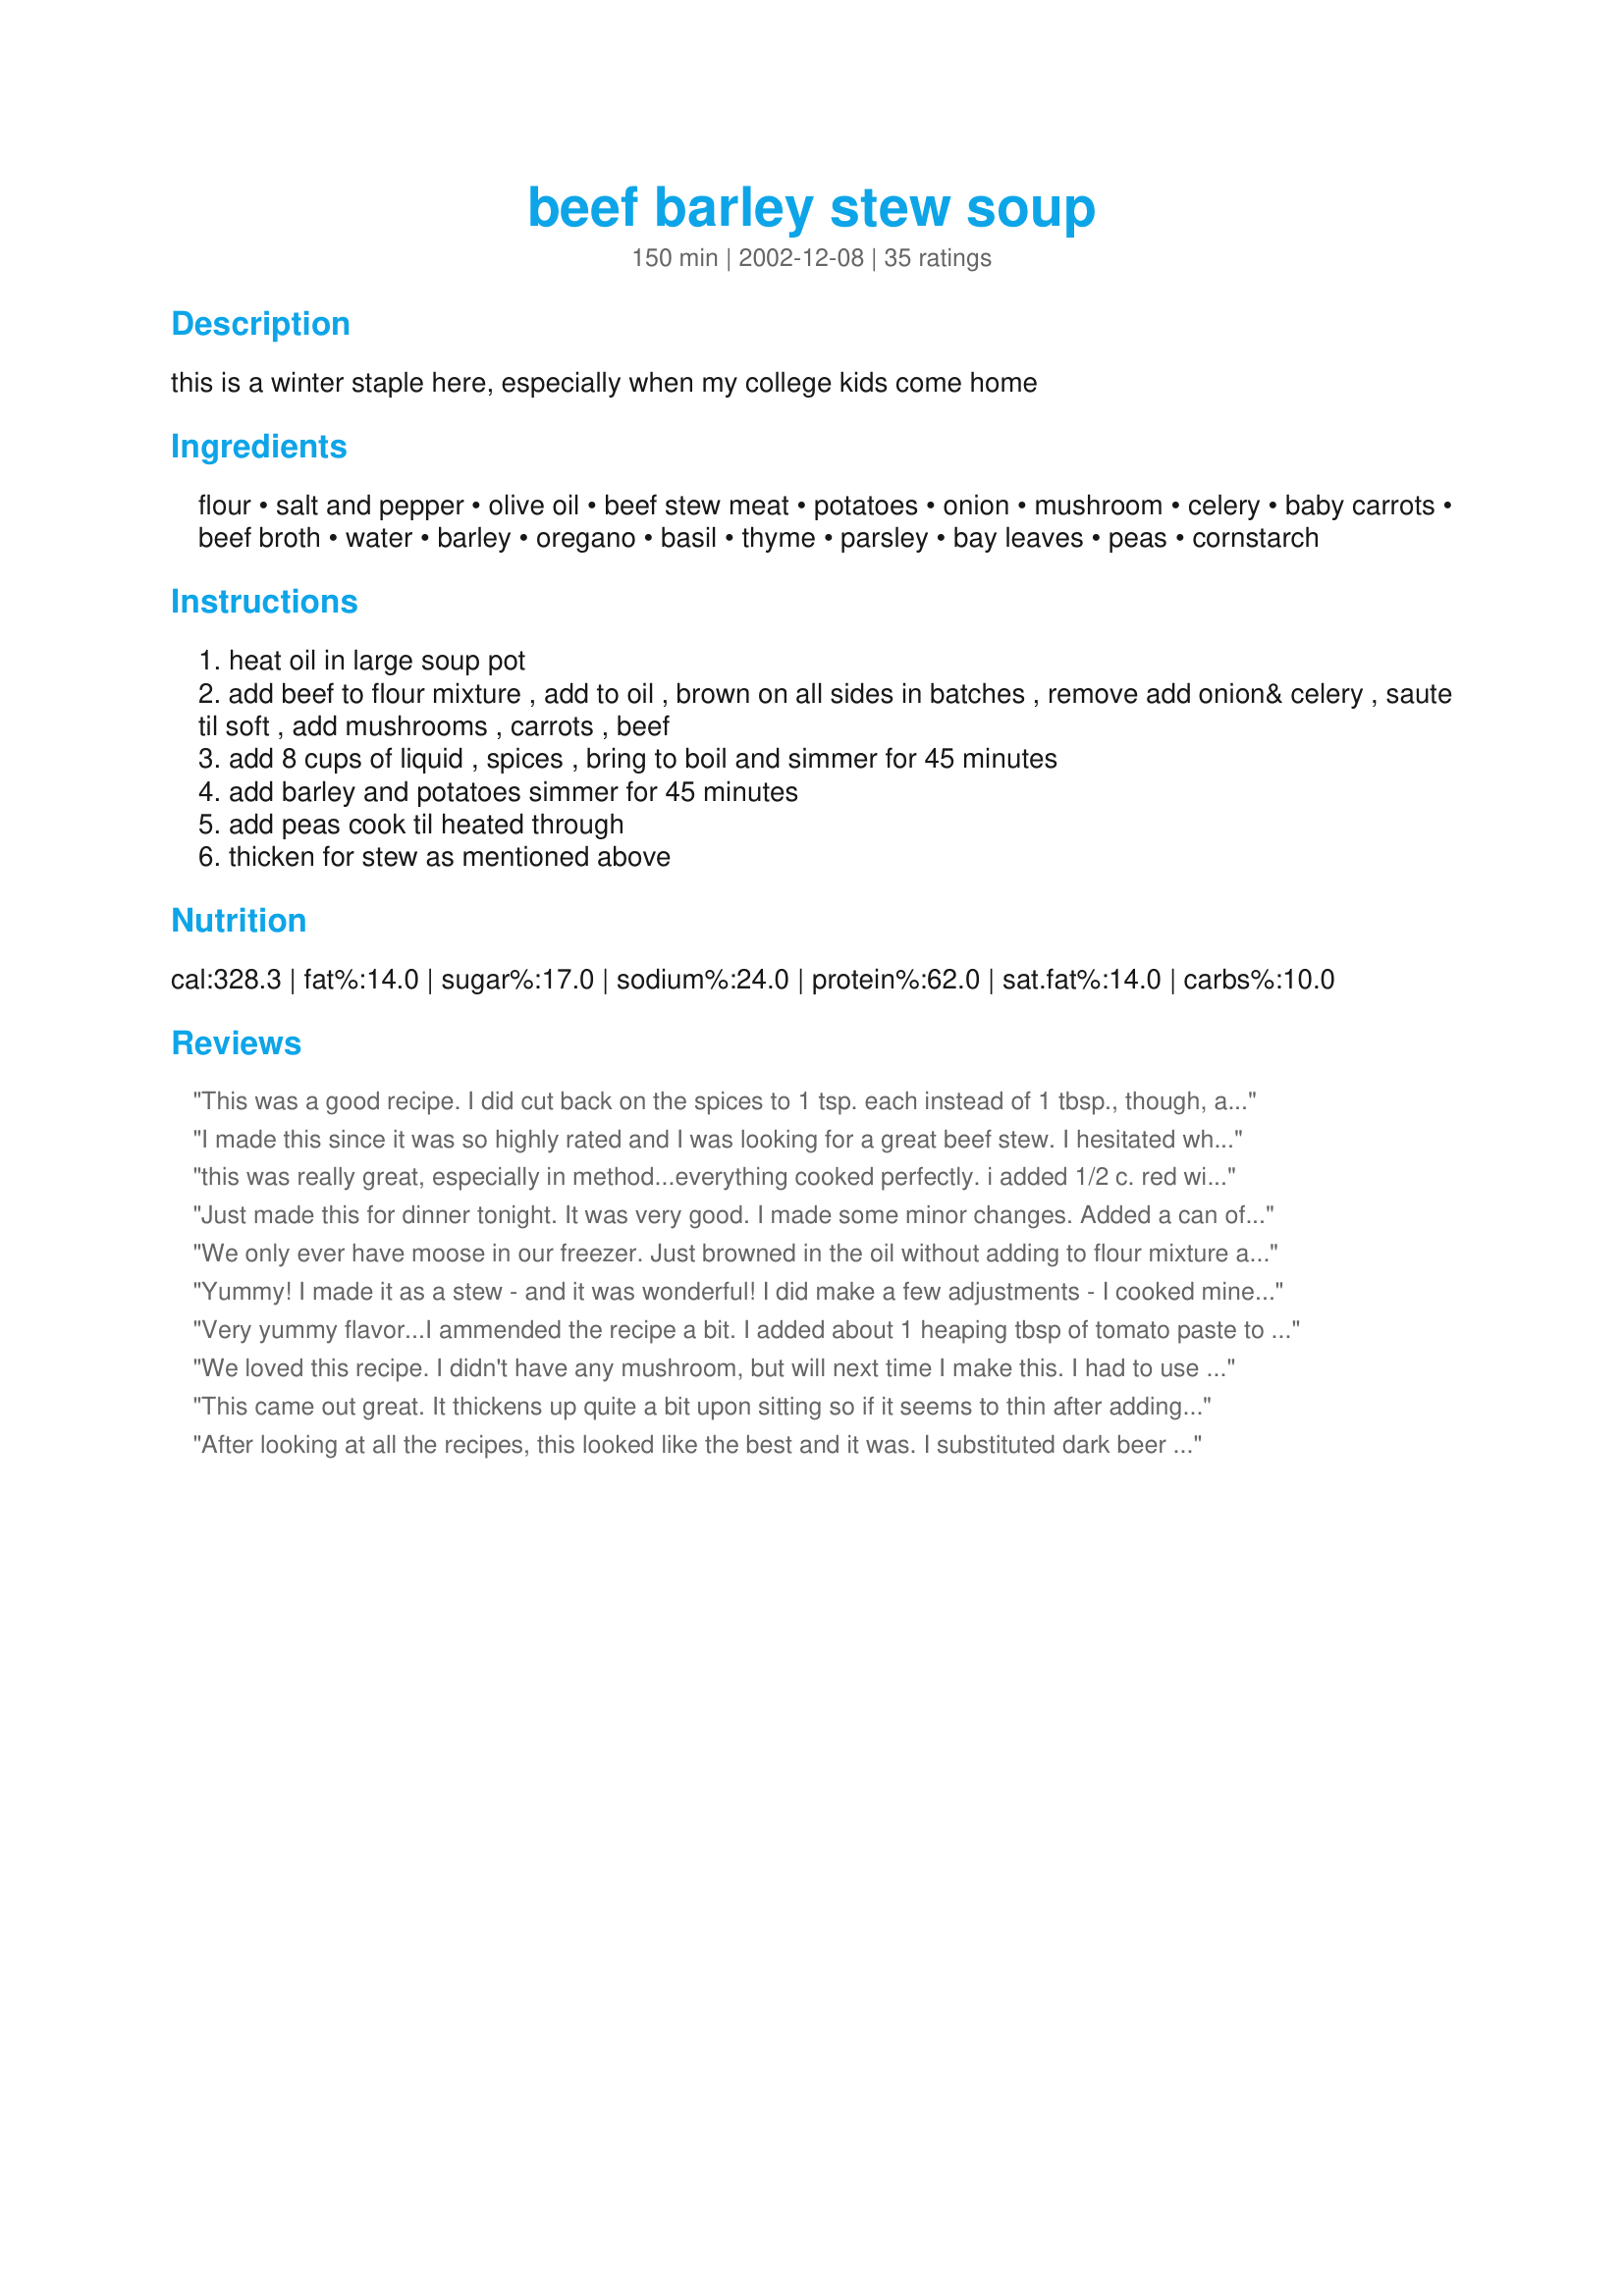
beef barley stew soup
Preparation time: 150 minutes

this is a winter staple here, especially when my college kids come home

Ingredients:
flour, salt and pepper, olive oil, beef stew meat, potatoes, onion, mushroom, celery, baby carrots, beef broth, water, barley, oregano, basil, thyme, parsley, bay leaves, peas, cornstarch

Steps:
heat oil in large soup pot
add beef to flour mixture , add to oil , brown on all sides in batches , remove add onion& celery , saute til soft , add mushrooms , carrots , beef
add 8 cups of liquid , spices , bring to boil and simmer for 45 minutes
add barley and potatoes simmer for 45 minutes
add peas cook til heated through
thicken for stew as mentioned above

Reviews:
This was a good recipe. I did cut back on the spices to 1 tsp. each instead of 1 tbsp., though, and it was delicious. I&#039;m not a big fan of the texture cornstarch produces, so I just cut back on the liquids and let the potatoes and barley thicken the dish for me. It was perfect. My whole family enjoyed it; even the dog loved it, and she is picky. ;-)
I made this since it was so highly rated and I was looking for a great beef stew. I hesitated when I saw the large amounts of Oregano and Basil, but I knew it wouldn't be right with 1 Tablespoon of thyme, so I held back. It was all still way too much and it really overpowered the entire soup. If I were to make this over again, I would start with teaspoons of each spice and work my way up if needed. Chia, I know your a great cook and I'll keep trying other recipes! Thanks
this was really great, especially in method...everything cooked perfectly. i added 1/2 c. red wine and 3/4 c. of tomato paste that i caramelized first. made the stew super rich and yummy. i also added parnip which i highly recommend in beef stew always. thanks!
Just made this for dinner tonight. It was very good. I made some minor changes. Added a can of tomatoes, doubled the carrots, only put a tsp of thyme (I'm not big on that spice) and added some garlic and a pinch of rosemary. I also left out the potatoes but used instant potato flakes to thicken instead of cornstarch and water because that's how I do my regular stew. Very good. Thanks!
We only ever have moose in our freezer. Just browned in the oil without adding to flour mixture and followed thru instructions til step 5. Omitted Step 6 as thick enuf for us.
Yummy! I made it as a stew - and it was wonderful! I did make a few adjustments - I cooked mine in the oven and added flour to the beef broth - that way it would thicken up while cooking. I served it with my portuguese sweet bread - yummm. Thanks for posting!

Very yummy flavor...I ammended the recipe a bit. I added about 1 heaping tbsp of tomato paste to it, 1tbsp of worteschire sauce, tbsp ketchup(sounds weird, but gives it a good taste), added frozen vegies. I used bouillon to make my broth, and used quick cooking barley. I also cut my beef into small chunks and after cooking a bit, I grinded them up in a food processor. I cut down alot on the cook time. Thanks for this yummy recipe. It's just what I had been looking for.
We loved this recipe. I didn't have any mushroom, but will next time I make this. I had to use leeks from the freezer, no onions on hand. I will omit the basil next time, DH didn't care for it, what does he know? I just threw everything into the pot and let it simmer for several hours on the wood stove. Fantastic aroma and a fantastic recipe. Thanks.
This came out great. It thickens up quite a bit upon sitting so if it seems to thin after adding the cornstarch, give it some time. I froze this and it reheated nicely. I used two cans of potatoes to save a little time, and 2 small cans of button mushrooms.
After looking at all the recipes, this looked like the best and it was. I substituted dark beer for some of the beef broth and it added depth to the taste. The barley was tricky and would suggest cooking it separately; it is like rice and cooking times vary by brand and type. I want to try this again with parsnips vs carrots which lose their flavor when cooked. Thanks for sharing!
Absolutely delicious... I halved the recipe as I was making this for two and I was so sorry I did :P Followed all ingredients except I used all beef stock (home made) to replace the half-stock half-water measurements. So delicious eaten with a good baguette slathered with good unsalted butter. I have a little portion left, frozen, which I am looking forward to reheat and take a photo of to add to this entry here, and of course eat! Thank you Chia! What a lovely stew for family. I would also like to mention that though this recipe uses beef (in health-speak beef is not the best option) this stew is incredibly healthy as it&#039;s stuffed with veggies.
This soup was so delicious..the only difference was I only used 1 t. of each of the spices...we didn&#039;t have mushroom or peas, so I added fresh cut green beans...everything else was the same as the recipe as written...thank you for sharing this...it is definitely a keeper.
I was really disappointed in this recipe because it was so highly rated. I hate to be one of the people who disparage a possibly good recipe but it was a miss with my family. It turned out way too thick and the barley was way undercooked. It was not unusually flavorful enough to really turn the tide of negative reactions to it and the leftovers sat in a lump on the bottom of my refrigerator. I tried to be optimistic and eat it but it was gluey at that point. I hope other people had better luck than me...we just did not prefer it.
oops, you're right- but you did it right, i add the potatos when i add the barley-sorry about that but glad you enjoyed:)
This was a wonderful soup. I changed the amount of spices, as 1 tbsp of each seemed excessive. I used 1/2 tbsp. of thyme and l tsp. each of the basil and oregano. Since I planned to freeze some of the soup, I left out the potatoes (which do not freeze well) and the peas (I had none). I will definitely be making this again.
I was a little afraid when I added that much spice but I used canned tomatoes instead of water so it all worked together very well. With fresh baked bread it was perfect on a snowy night.
This &quot;stew&quot; was terrible - it never thickened up for us, and had WAY TOO MUCH SPICE IN IT. We tried to eat it but ended up putting it in the fridge and threw it out 2 days later. I knew it was too much water when I made it, but followed the recipe almost exactly - I cut the spices in half and it was still too much. I even added extra cornstarch when it was done and it still didn&#039;t thicken. Horrible even for soup.
This is a good recipe.The flavor is wonderful.The recipe dosen't say when to add the potatoes so I cooked it for 45 minutes then added the carrots and potatoes with the barley so they wouldn't be to soft.I will be making it again.Thanks!
This was fantastic. I did follow some other peoples remarks about the amount of spices and cut the amount is half and then reseasoned after tasting. This was a great soup and I will Definitely make this again.
Great recipe.....soup was full of flavor & very easy to make.
I will definately make this again!
Good, easy stuff. I didn't thicken it and didn't use the potato. The barley was enough to give it what it needed. This will go into the Autumn-winter soup rotation. DH loved it as it is really full of meat. Next time I would cut my meat smaller thinking about eating it on a spoon. Thanks!
Delightful! I've made this several times and I'm well pleased with it. I've only made 2 small changes. I add the carrots at step 4, so they would still be a bit crunchy and I subbed whole corn for the peas. Both personal preferences. It goes very well with Corn Sticks, my recipe #74650 and hot Lemonade. Thanx for posting this great recipe. Pierre
Great autumn comfort food. I left out the peas but otherwise didn't change a thing! Thanks for sharing.
I made this earlier this week. We have had leftovers twice and it is great! This meat is so tender. You should try this one for a cold winter night. We have had over two feet of snow in the last week. Great to come home to for leftovers.
I only had fresh thyme and fresh bay leaves, so I didn't put in the other spices. (except salt & pepper) I did use a bottle of merlot in place of the water. I'm sure this altered the flavor of the stew, but it was delicious!

I had to cook mine for 1/2 hour - 45 minutes longer than suggested in order for the meat to be tender.
Chia...this is a lovely stewp (stew+soup=stewp), and we thoroughly enjoyed it! I used two pkgs of medium-meaty soup bones (we have our own beef), so that was a bit different than straight stew-meat, but I browned them up anyway, and then let them work in the crockpot while I went to work and the meat fell off the bones...and the DOG is THRILLED about the bones to gnaw on. Canned mushrooms pinch-hit for the fresh ones. Oh, and I forgot the bay leaves & purposely skipped the peas. Sloshed in one cup of red wine and three of water (and chicken broth with 3 tsp beef base bouillon)-- the flavor is/was OUTSTANDING! And --altho' other reviewers thought you called out too MUCH of the herbs-- we LOVED the flavor-punch of the herbs....stewing for hours in the crockpot melds everything so beautifully. I can't WAIT for the leftovers this weekend. Yummy! My ONLY conplaint is that the ingredients are NOT in order of use in the recipe--and that is slightly confusing. But anyway, the outstanding flavor was worth the extra work. I can see why your college kids want this when they come home...this is THE definition of "home".... KEEPER!!!
A good recipe enjoyed by all. Thanks for sharing!!
I still have this on the stove, but after sampling I feel comfortable giving it a five star review, and saying that it's a great recipe for a classic beef barley stew. Easy enough for a rookie to pull off with great results. Personally, I modified the directions and ingredients a little bit, beginning with dredging the beef in flour before browning. I also added a large (28 oz) can of chopped tomatoes, and a little red wine, which substituted for part of the liquids. Instead of using beef stock, I simply added water and 2 bouillon cubes (because I am lazy, and hate doing dishes). I did not bother to thicken the stock, the flour on the beef cubes seems to have provided enough body to the broth to satisfy my desires. The seasoning for this is perfect as is, but I added a splash of Worchestershire and a pinch of smoked sea salt. Will be serving this delicious dish with fresh baking soda biscuits. Thanks, Chia!
This is a good dish for a cold night -- very filling. We went the soup route and by the next day the leftovers looked more like stew -- in fact we had to add more broth. It was still good. Thanks for sharing!
I followed this recipe to the T-- the beef was tender but we just did not like the flavor of this stew. Sorry.
Great recipe, flavorful and pretty easy to make. It's a keeper! I like that it doesn't need lots of salt and pepper to have flavor.
This was delicious. I cut down on the oregano, forgot to buy mushrooms, and forgot to add peas and it was still great! Also, I added the barley and potatoes with the carrots, etc, and let it cook about an hour. Cut down on cook time and everything was tender.
Made mine with my own beef stock, which I keep frozen in quarts. I doubled the recipe because I'm a single dad cooking for my dad and my daughter, and left-overs make my life way easier. I used lamb leg instead of beef because it was pasture locally raised and cheaper than the grass fed beef at Whole Foods. I skipped the starch. I forgot to buy peas. I used fresh herbs, forgot to add basil and bay leaves, but I threw in about 1.5TB each of rosemary, thyme and oregano. I like going heavy on the herbs, not just for flavor but for the nutritional value they add. I sauteed baby brown and shiitake mushrooms in avocado oil, butter, and garlic prior to adding to the stew. I used a little more potato and barley, and I added a few diced garlic cloves to the mirepoix. I also added a full can of tomato paste. It turned out very good, thick like stew, and went well with some sourdough bread. I can freeze about 2/3 of what I made for quick future dinners. Thanks for the recipe, very tasty.
Delicious , Chia I made this for dinner tonight,had dinner guest, they enjoyed it so much.I served it with your Microwave Polenta, goes really good together. Serve the stew over the polenta. Thank you Chia.
Very easy to make and very good! I really liked the taste, it wasn't bland like a lot of soups/stews.
